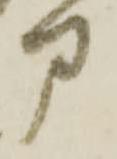
部